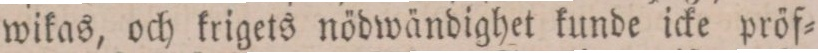
wikas, och krigets nödwändighet kunde icke pröf=